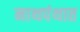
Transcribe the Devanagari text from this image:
नाथपंथात